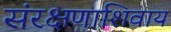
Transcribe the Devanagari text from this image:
संरक्षणाशिवाय